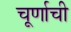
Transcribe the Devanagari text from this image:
चूर्णाची